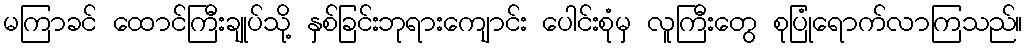
မကြာခင် ထောင်ကြီးချုပ်သို့ နှစ်ခြင်းဘုရားကျောင်း ပေါင်းစုံမှ လူကြီးတွေ စုပြုံရောက်လာကြသည်။